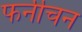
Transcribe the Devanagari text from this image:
फर्नीचन